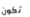
تكون